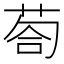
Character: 𱽯